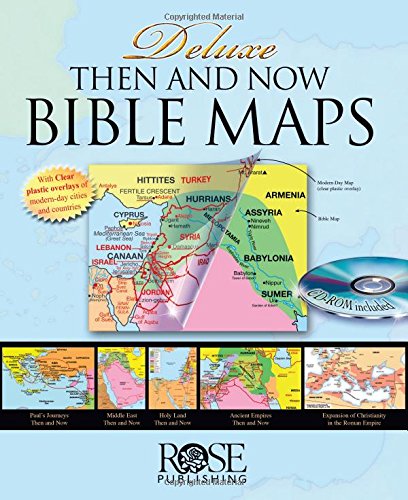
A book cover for Deluxe Then and Now Bible Map Book with CD-ROM; Rose Publishing; Christian Books & Bibles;